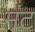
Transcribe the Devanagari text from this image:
मंट